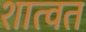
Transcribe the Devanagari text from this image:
शात्वत